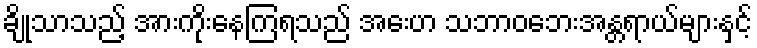
ချိုသာသည့် အားကိုးနေကြရသည် အေးဟ သဘာဝဘေးအန္တရာယ်များနှင့်